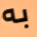
به